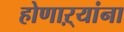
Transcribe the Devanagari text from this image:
होणाऱ्यांना